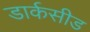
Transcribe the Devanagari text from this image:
डार्कसीड